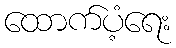
ထောက်ပံ့ရေး